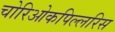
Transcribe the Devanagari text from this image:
चोरिओकपिल्लरिस